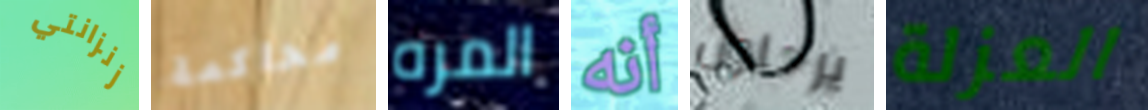
زنزانتي محاكمة المره أنه يرحلون العزلة